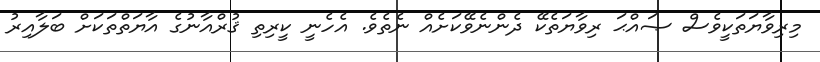
މިރިވާޔަތަކީވެސް ޞައްޙަ ރިވާޔަތެކޭ ދެންނެވޭކަށެއް ނެތެވެ. އެހެނީ ކީރިތި ޤުރްއާނުގެ އާޔަތްތަކަށް ބަލާއިރު